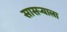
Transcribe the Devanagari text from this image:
सासर्‍याला